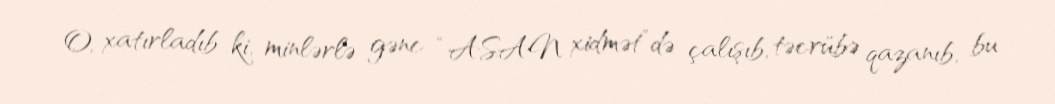
O, xatırladıb ki, minlərlə gənc “ASAN xidmət”də çalışıb, təcrübə qazanıb, bu